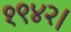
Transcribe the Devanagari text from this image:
१९४२।